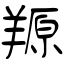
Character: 羱